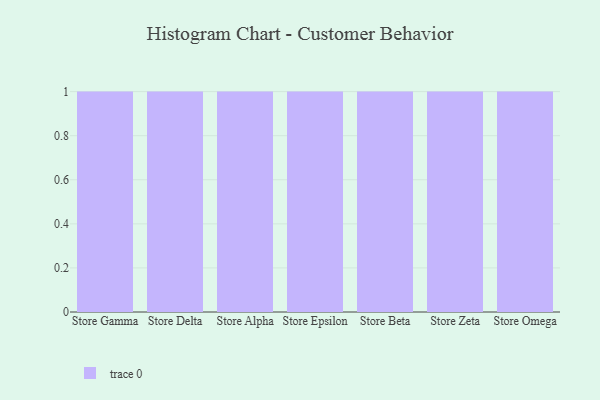
{"axis": {"x": "Store", "y": "Production Output"}, "legend": [""], "data": [{"x": "Store Gamma", "y": 96, "type": ""}, {"x": "Store Delta", "y": 97, "type": ""}, {"x": "Store Alpha", "y": 39, "type": ""}, {"x": "Store Epsilon", "y": 83, "type": ""}, {"x": "Store Beta", "y": 96, "type": ""}, {"x": "Store Zeta", "y": 67, "type": ""}, {"x": "Store Omega", "y": 75, "type": ""}]}